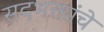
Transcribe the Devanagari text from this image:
सदभक्तांचे